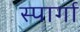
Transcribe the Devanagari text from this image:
स्पार्गा